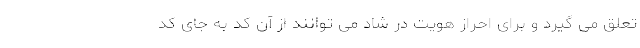
تعلق می گیرد و برای احراز هویت در شاد می توانند از آن کد به جای کد